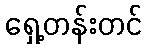
ရှေ့တန်းတင်